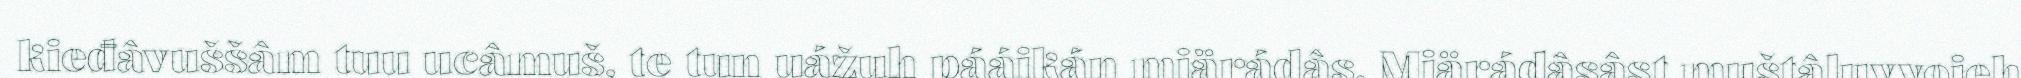
kieđâvuššâm tuu ucâmuš, te tun uážuh pááikán miärádâs. Miärádâsâst muštâluvvojeh